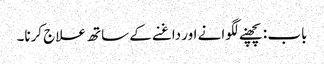
باب : پچھنے لگوانے اور داغنے کے ساتھ علاج کرنا۔